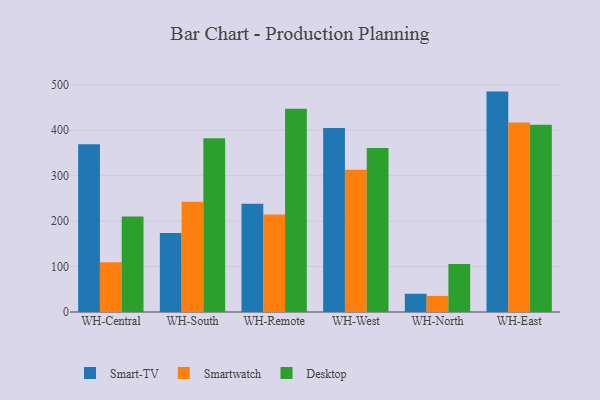
{"axis": {"x": "Warehouse", "y": "Backlog"}, "legend": ["Desktop", "Smart-TV", "Smartwatch"], "data": [{"x": "WH-Central", "y": 369.1, "type": "Smart-TV"}, {"x": "WH-Central", "y": 109.6, "type": "Smartwatch"}, {"x": "WH-Central", "y": 210.1, "type": "Desktop"}, {"x": "WH-South", "y": 173.6, "type": "Smart-TV"}, {"x": "WH-South", "y": 242.7, "type": "Smartwatch"}, {"x": "WH-South", "y": 382.4, "type": "Desktop"}, {"x": "WH-Remote", "y": 238.4, "type": "Smart-TV"}, {"x": "WH-Remote", "y": 214.5, "type": "Smartwatch"}, {"x": "WH-Remote", "y": 447.5, "type": "Desktop"}, {"x": "WH-West", "y": 405.1, "type": "Smart-TV"}, {"x": "WH-West", "y": 312.8, "type": "Smartwatch"}, {"x": "WH-West", "y": 360.7, "type": "Desktop"}, {"x": "WH-North", "y": 40.1, "type": "Smart-TV"}, {"x": "WH-North", "y": 35.4, "type": "Smartwatch"}, {"x": "WH-North", "y": 105.9, "type": "Desktop"}, {"x": "WH-East", "y": 485.0, "type": "Smart-TV"}, {"x": "WH-East", "y": 417.1, "type": "Smartwatch"}, {"x": "WH-East", "y": 412.0, "type": "Desktop"}]}